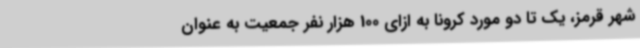
شهر قرمز، یک تا دو مورد کرونا به ازای 100 هزار نفر جمعیت به عنوان